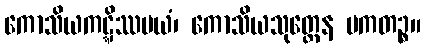
ကောသိယကဋ္ဋိဿမယံ၊ ကောသိယသုတ္တေန ပကတဉ္စ။